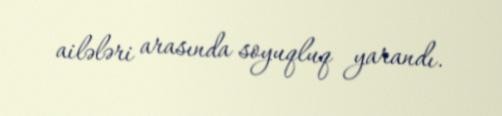
ailələri arasında soyuqluq yarandı.